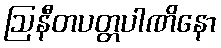
ဩနီတပတ္တပါဏိနော